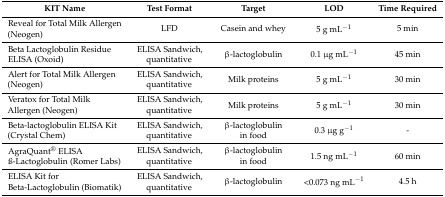
<table><thead><tr><td><b>KIT Name</b></td><td><b>Test Format</b></td><td><b>Target</b></td><td><b>LOD</b></td><td><b>Time Required</b></td></tr></thead><tbody><tr><td>Reveal for Total Milk Allergen (Neogen)</td><td>LFD</td><td>Casein and whey</td><td>5 g mL<sup>−1</sup></td><td>5 min</td></tr><tr><td>Beta Lactoglobulin Residue ELISA (Oxoid)</td><td>ELISA Sandwich, quantitative</td><td>β-lactoglobulin</td><td>0.1 μg mL<sup>−1</sup></td><td>45 min</td></tr><tr><td>Alert for Total Milk Allergen (Neogen)</td><td>ELISA Sandwich, quantitative</td><td>Milk proteins</td><td>5 g mL<sup>−1</sup></td><td>30 min</td></tr><tr><td>Veratox for Total Milk Allergen (Neogen)</td><td>ELISA Sandwich, quantitative</td><td>Milk proteins</td><td>5 g mL<sup>−1</sup></td><td>30 min</td></tr><tr><td>Beta-lactoglobulin ELISA Kit (Crystal Chem)</td><td>ELISA Sandwich, quantitative</td><td>β-lactoglobulin in food</td><td>0.3 μg g<sup>−1</sup></td><td>-</td></tr><tr><td>AgraQuant<sup>®</sup> ELISA ß-Lactoglobulin (Romer Labs)</td><td>ELISA Sandwich, quantitative</td><td>β-lactoglobulin in food</td><td>1.5 ng mL<sup>−1</sup></td><td>60 min</td></tr><tr><td>ELISA Kit for Beta-Lactoglobulin (Biomatik)</td><td>ELISA Sandwich, quantitative</td><td>β-lactoglobulin</td><td>&lt;0.073 ng mL<sup>−1</sup></td><td>4.5 h</td></tr></tbody></table>